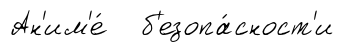
Ан'им'е́ б'езопа́сност'и